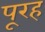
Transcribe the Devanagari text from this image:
पूरह